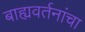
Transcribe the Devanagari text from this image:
बाह्यवर्तनांचा